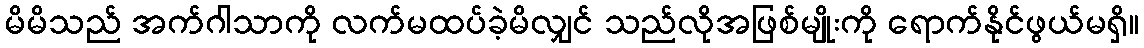
မိမိသည် အက်ဂါသာကို လက်မထပ်ခဲ့မိလျှင် သည်လိုအဖြစ်မျိုးကို ရောက်နိုင်ဖွယ်မရှိ။